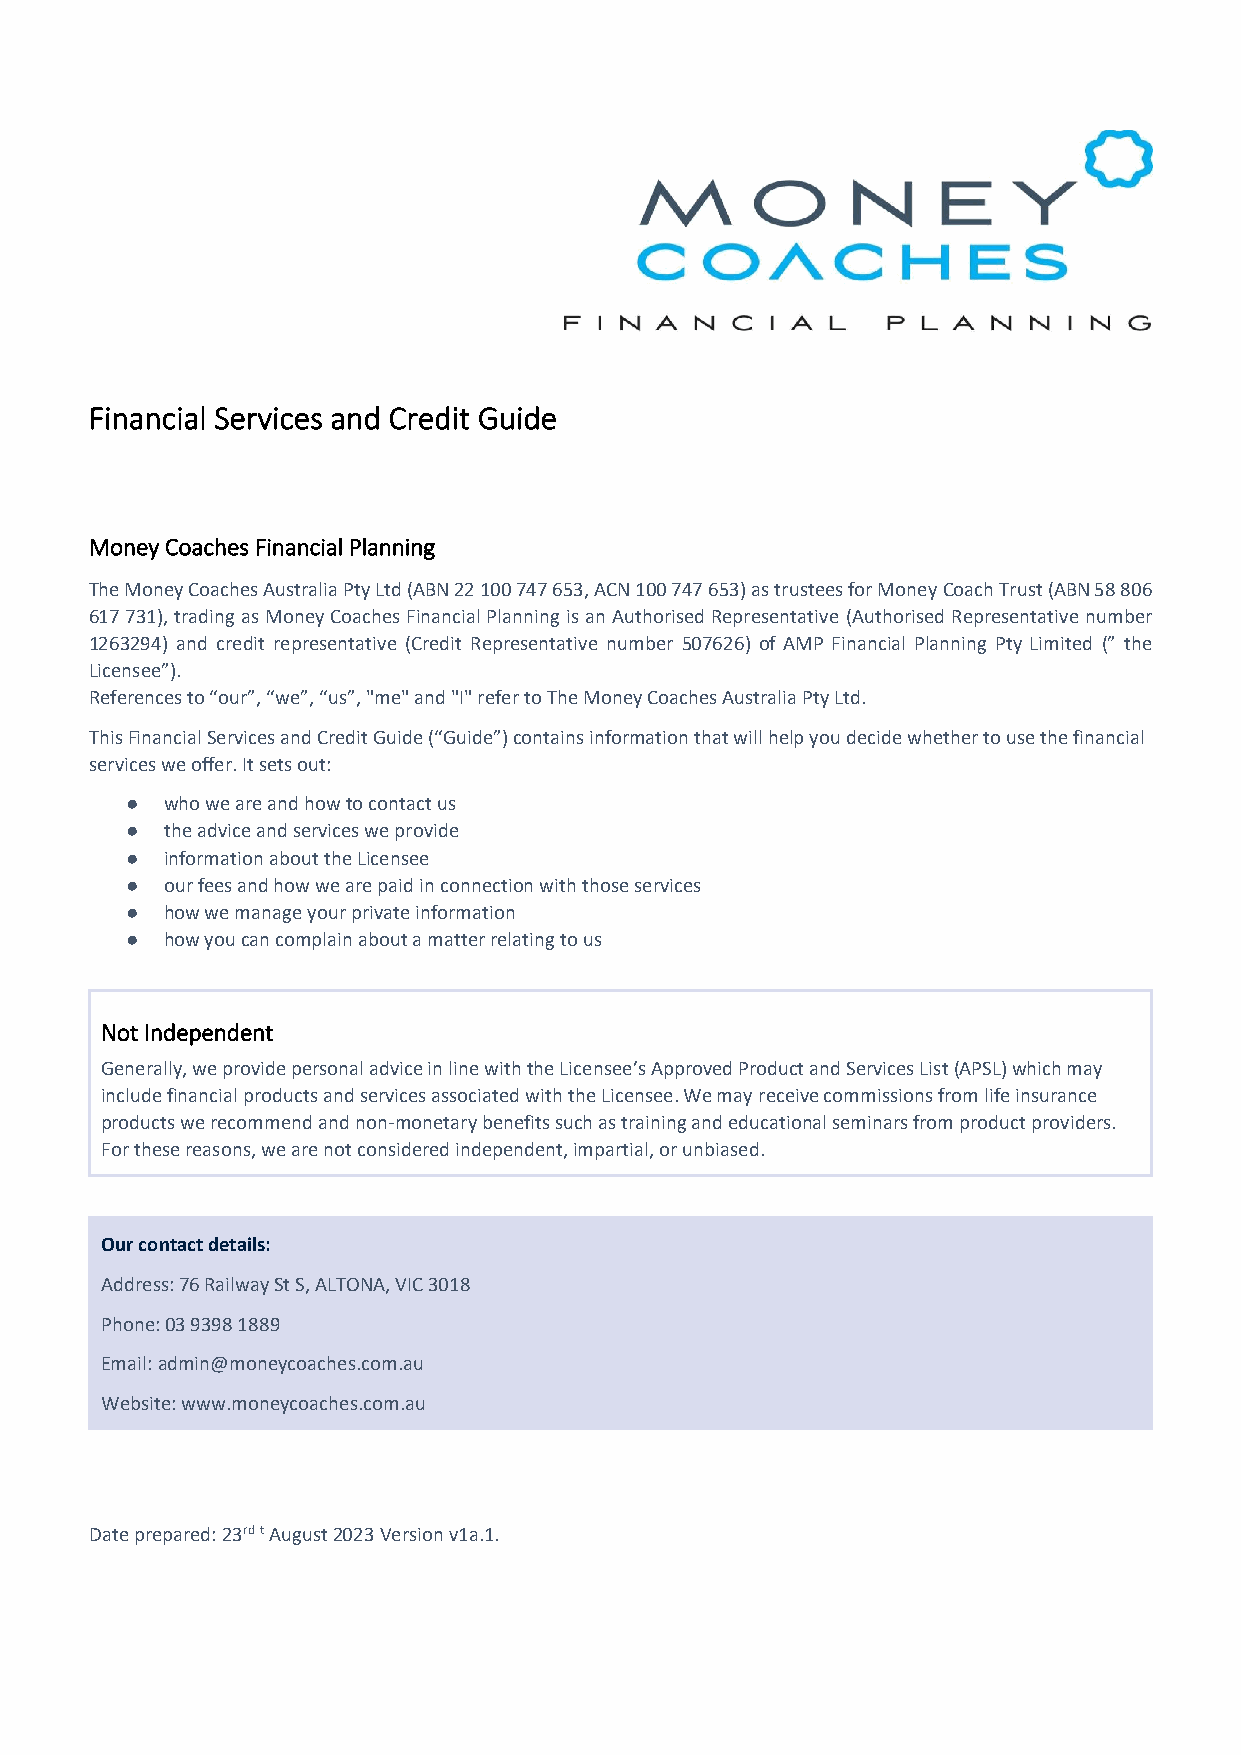
Financial Services and Credit Guide
 Money Coaches Financial Planning
 The Money Coaches Australia Pty Ltd (ABN 22 100 747 653, ACN 100 747 653) as trustees for Money Coach Trust (ABN 58 806
 617 731), trading as Money Coaches Financial Planning is an Authorised Representative (Authorised Representative number
 1263294) and credit representative (Credit Representative number 507626) of AMP Financial Planning Pty Limited (” the
 Licensee”).
 References to “our”, “we”, “us”, "me" and "I" refer to The Money Coaches Australia Pty Ltd.
 This Financial Services and Credit Guide (“Guide”) contains information that will help you decide whether to use the financial
 services we offer. It sets out:
 ●  who we are and how to contact us
 ●  the advice and services we provide
 ●  information about the Licensee
 ●  our fees and how we are paid in connection with those services
 ●  how we manage your private information
 ●  how you can complain about a matter relating to us
 Not Independent
 Generally, we provide personal advice in line with the Licensee’s Approved Product and Services List (APSL) which may
 include financial products and services associated with the Licensee. We may receive commissions from life insurance
 products we recommend and non-monetary benefits such as training and educational seminars from product providers.
 For these reasons, we are not considered independent, impartial, or unbiased.
 Our contact details:
 Address: 76 Railway St S, ALTONA, VIC 3018
 Phone: 03 9398 1889
 Email: admin@moneycoaches.com.au
 Website: www.moneycoaches.com.au
 Date prepared: 23rd t August 2023 Version v1a.1.